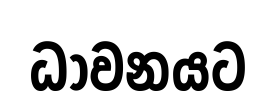
ධාවනයට